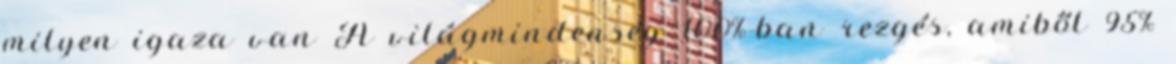
milyen igaza van A világmindenség 100%-ban rezgés, amiből 95%